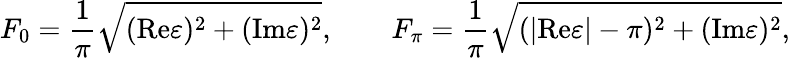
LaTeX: F_{0}=\frac{1}{\pi}\sqrt{(\mathrm{Re}\varepsilon)^{2}+(\mathrm{Im}\varepsilon)^{2}},\qquad F_{\pi}=\frac{1}{\pi}\sqrt{(|\mathrm{Re}\varepsilon|-\pi)^{2}+(\mathrm{Im}\varepsilon)^{2}},